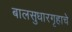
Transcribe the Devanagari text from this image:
बालसुधारगृहाचे